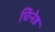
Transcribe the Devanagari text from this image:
चिनेह